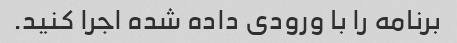
برنامه را با ورودی داده شده اجرا کنید.